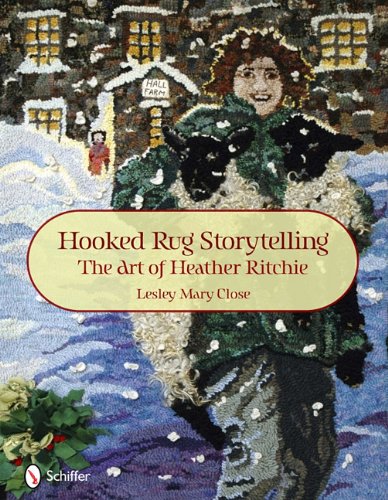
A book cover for Hooked Rug Storytelling: The Art of Heather Ritchie; Lesley Mary Close; Crafts, Hobbies & Home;